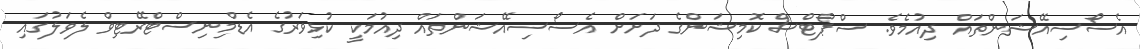
އެސޯސިއޭޝަންތައް ދިއުމެވެ. ސްޕޯޓްސް ކޮމިޝަންގެ ދަށަށް އެސޯސިއޭޝަންތައް ދިއުމަކީ ކުޅިވަރުގެ އެޑްމިނިސްޓްރޭޓިވް ލެވަލުގައި